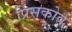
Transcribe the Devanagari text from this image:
प्रिंसकोर्व